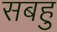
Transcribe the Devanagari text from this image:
सबहु